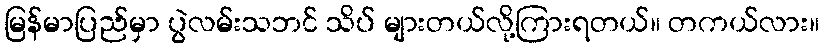
မြန်မာပြည်မှာ ပွဲလမ်းသဘင် သိပ် များတယ်လို့ကြားရတယ်။ တကယ်လား။